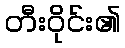
တီးဝိုင်း၏